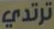
ترتدي